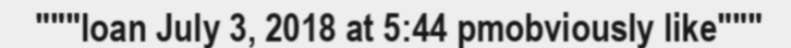
"""loan July 3, 2018 at 5:44 pmobviously like"""